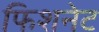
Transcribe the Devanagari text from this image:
फिशनेट